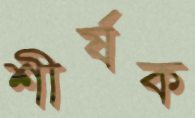
শীর্ষক